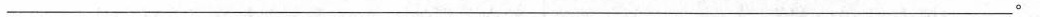
___。